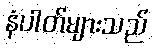
နံပါတ်များသည်